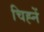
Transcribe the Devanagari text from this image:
चिह्नें